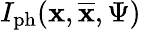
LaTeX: I_{\textup{ph}}(\textbf{x},\overline{{\textbf{x}}},\Psi)